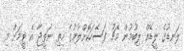
ލަނޑުގެ ލީޑެއް ލިބުމުން މެޗު ފަސޭހަކޮށްލުމުގެ ހިތި ނަތީޖާ އެ ޓީމަށް މި